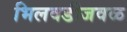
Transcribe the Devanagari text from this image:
भिलवडीजवळ